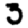
Digit: 3